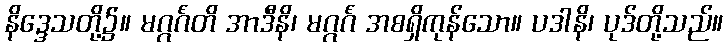
နိဒ္ဒေသတို့၌။ မဂ္ဂင်္ဂံတိ အာဒီနိ၊ မဂ္ဂင်္ဂံ အစရှိကုန်သော။ ပဒါနိ၊ ပုဒ်တို့သည်။